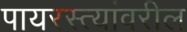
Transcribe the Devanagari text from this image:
पायरस्त्यांवरील